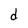
Character: d